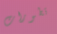
تطورات